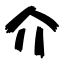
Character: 介